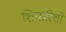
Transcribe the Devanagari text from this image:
शिफरिशों